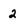
Character: 2